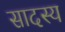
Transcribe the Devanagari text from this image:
सादस्य